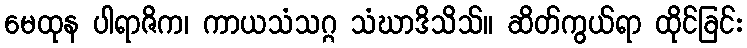
မေထုန ပါရာဇိက၊ ကာယသံသဂ္ဂ သံဃာဒိသိသ်။ ဆိတ်ကွယ်ရာ ထိုင်ခြင်း